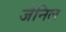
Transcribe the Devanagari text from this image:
जेनिल